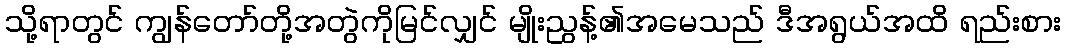
သို့ရာတွင် ကျွန်တော်တို့အတွဲကိုမြင်လျှင် မျိုးညွန့်၏အမေသည် ဒီအရွယ်အထိ ရည်းစား